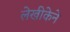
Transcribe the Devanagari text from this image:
लेखीकेने